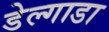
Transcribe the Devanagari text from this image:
डेल्गाडा